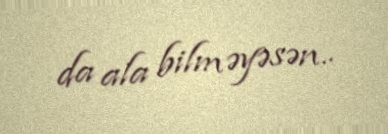
da ala bilməyəsən..